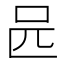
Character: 𠯕